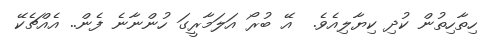
ހިތާހިތުން ކުދި ކިޔާލިއެވެ.  އޭ ބުރޯ އަލަމާރީގަ ހުންނާނެ ފެން.. އެއްޗެކޭ